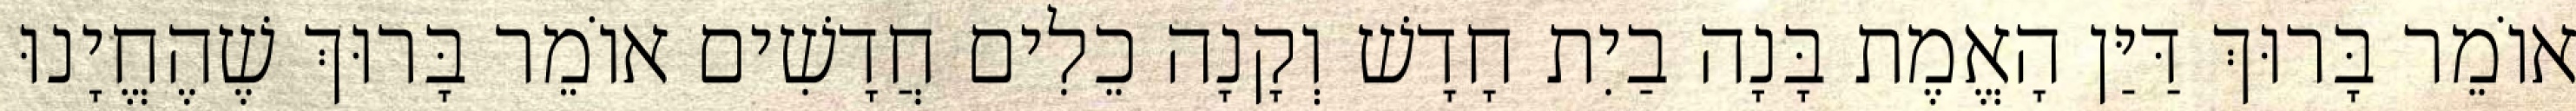
אוֹמֵר בָּרוּךְ דַּיַּן הָאֱמֶת בָּנָה בַיִת חָדָשׁ וְקָנָה כֵלִים חֲדָשִׁים אוֹמֵר בָּרוּךְ שֶׁהֶחֱיָנוּ